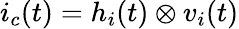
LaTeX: i_{c}(t)=h_{i}(t)\otimes v_{i}(t)